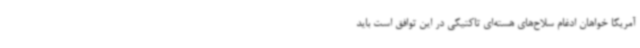
آمریکا خواهان ادغام سلاح‌های هسته‌ای تاکتیکی در این توافق است باید